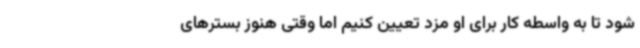
شود تا به واسطه کار برای او مزد تعیین کنیم اما وقتی هنوز بسترهای